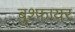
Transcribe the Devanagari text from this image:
बुश्फायर